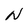
Character: N